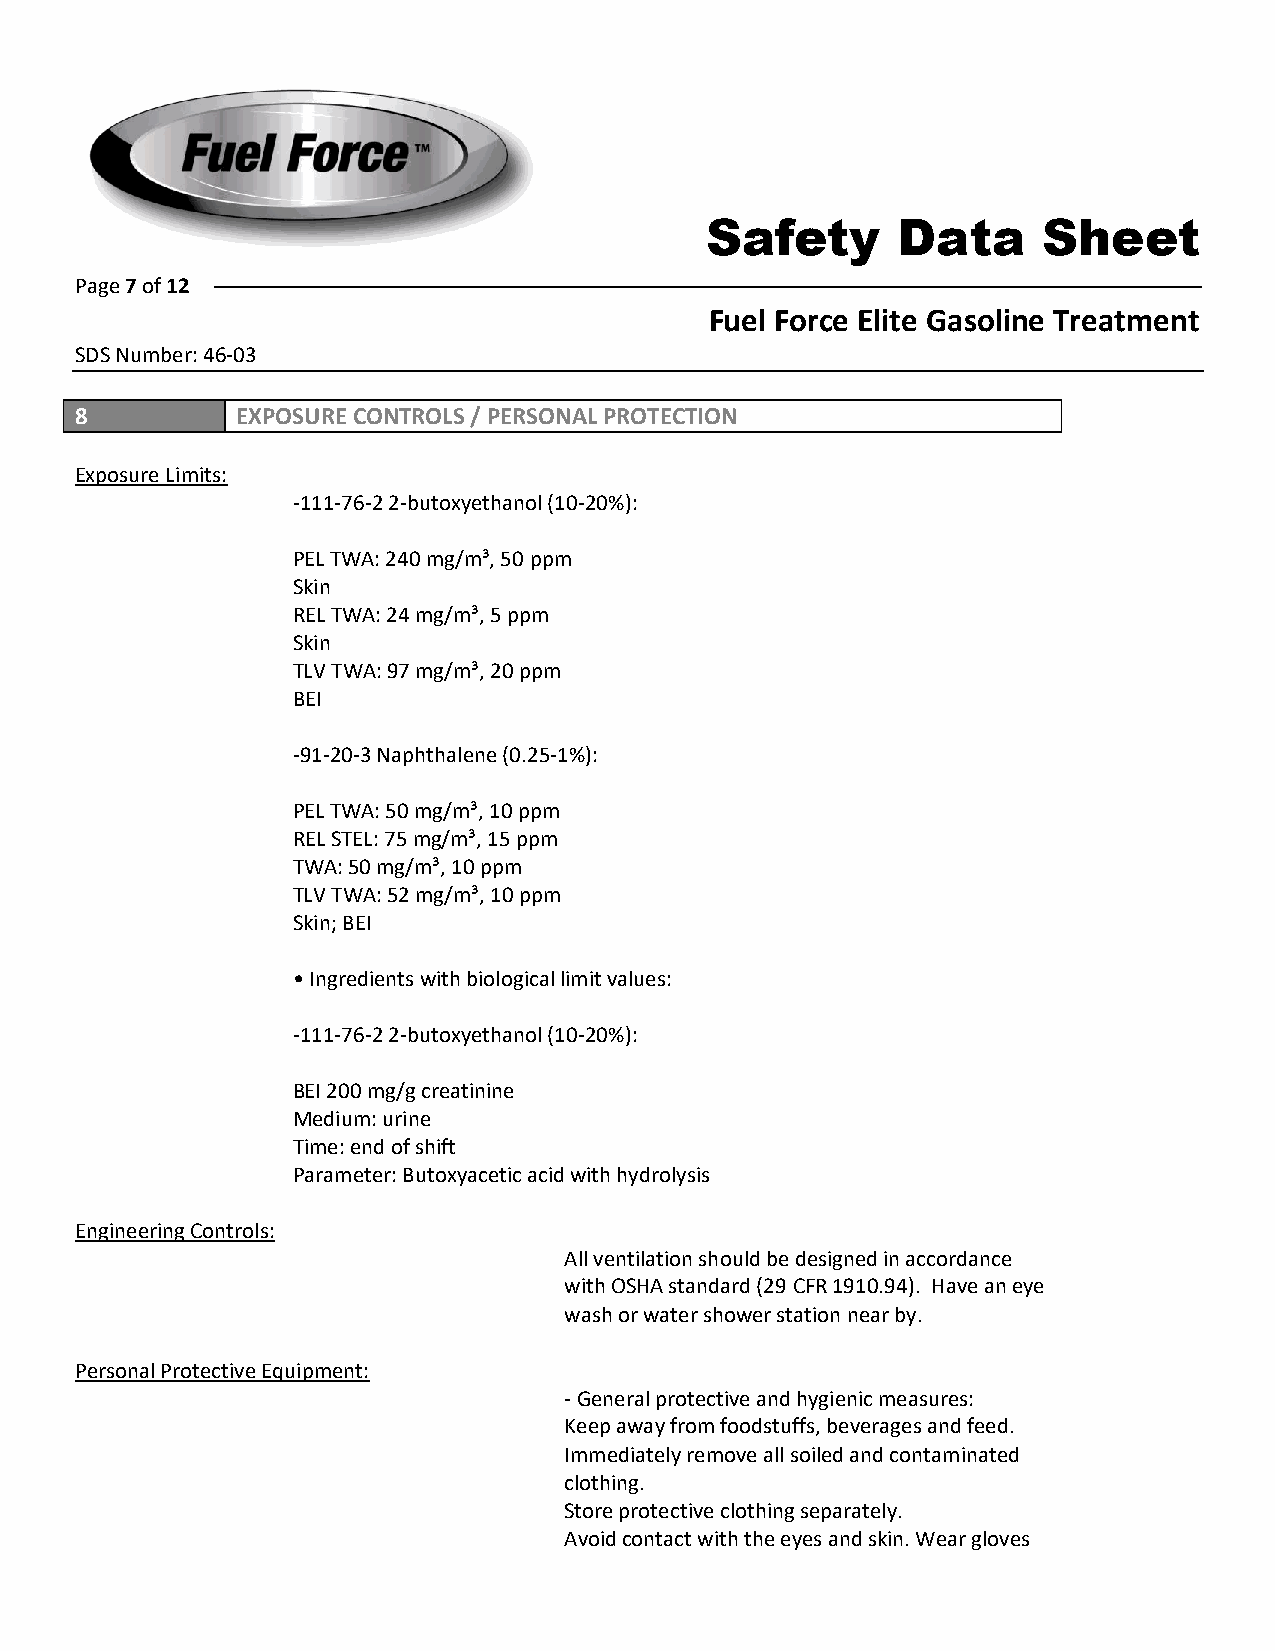
Safety      Data      Sheet
 Page 7 of 12
 Fuel Force Elite Gasoline Treatment
 SDS Number: 46-03
 8          EXPOSURE CONTROLS / PERSONAL PROTECTION
 Exposure Limits:
 -111-76-2 2-butoxyethanol (10-20%):
 PEL TWA: 240 mg/m³, 50 ppm
 Skin
 REL TWA: 24 mg/m³, 5 ppm
 Skin
 TLV TWA: 97 mg/m³, 20 ppm
 BEI
 -91-20-3 Naphthalene (0.25-1%):
 PEL TWA: 50 mg/m³, 10 ppm
 REL STEL: 75 mg/m³, 15 ppm
 TWA: 50 mg/m³, 10 ppm
 TLV TWA: 52 mg/m³, 10 ppm
 Skin; BEI
 •Ingredients with biological limit values:
 -111-76-2 2-butoxyethanol (10-20%):
 BEI 200 mg/g creatinine
 Medium: urine
 Time: end of shift
 Parameter: Butoxyacetic acid with hydrolysis
 Engineering Controls:
 All ventilation should be designed in accordance
 with OSHA standard (29 CFR 1910.94). Have an eye
 wash or water shower station near by.
 Personal Protective Equipment:
 -General protective and hygienic measures:
 Keep away from foodstuffs, beverages and feed.
 Immediately remove all soiled and contaminated
 clothing.
 Store protective clothing separately.
 Avoid contact with the eyes and skin. Wear gloves